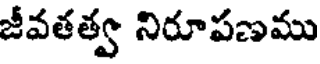
జీవతత్వ నిరూపణము